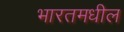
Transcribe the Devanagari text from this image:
भारतमधील